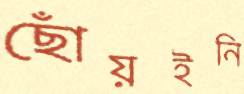
ছোঁয়ইনি